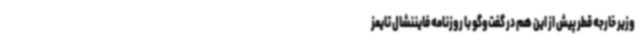
وزیر خارجه قطر پیش از این هم در گفت‌وگو با روزنامه فایننشال تایمز